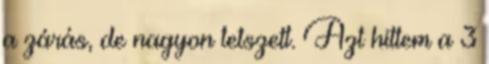
a zárás, de nagyon tetszett. Azt hittem a 3